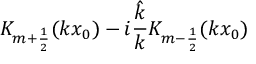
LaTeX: K _ { m + \frac 1 2 } ( k x _ { 0 } ) - i \frac { \hat { k } } { k } K _ { m - \frac 1 2 } ( k x _ { 0 } )